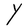
Character: Y